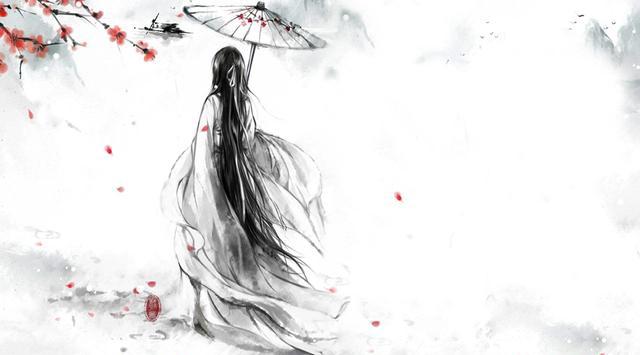
今年海角天涯。萧萧两鬓生华。